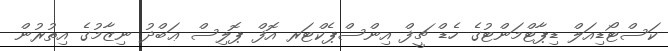
ކަސްޓޯޑިއަލް ޑިޕާޓްމަންޓުގެ ހެޑް ޗީފް އިންސްޕެކްޓަރ އޮފް ޕޮލިސް ޢަބްދު ނިޒާމުގެ އިތުރުން